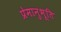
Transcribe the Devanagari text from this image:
प्रेमानुभूति